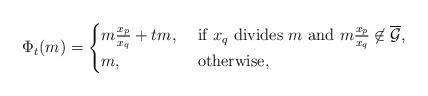
LaTeX: \begin{align*}\Phi_t(m)=\begin{cases}m \frac {x_p} {x_q} + t m, & \mbox{ if $x_q$ divides $m$ and $m \frac {x_p} {x_q} \not \in \overline{\mathcal G}$},\\m, & \mbox{ otherwise},\end{cases}\end{align*}